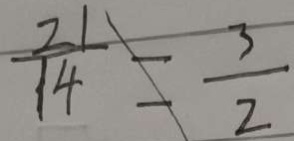
\frac { 2 1 } { 1 4 } = \frac { 3 } { 2 }